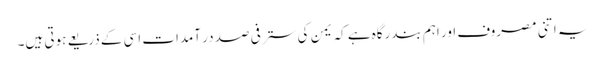
یہ اتنی مصروف اور اہم بندرگاہ ہے کہ یمن کی ستر فی صد در آمدات اسی کے ذریعے ہوتی ہیں۔